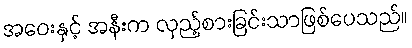
အဝေးနှင့် အနီးက လှည့်စားခြင်းသာဖြစ်ပေသည်။